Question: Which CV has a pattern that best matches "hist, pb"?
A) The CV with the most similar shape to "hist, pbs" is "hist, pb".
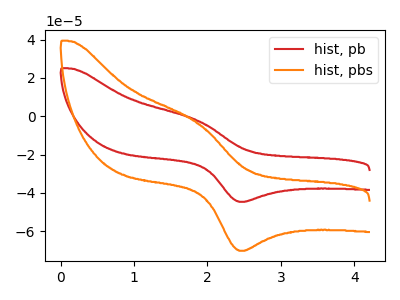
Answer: <think>The red curve "hist, pb" has an anodic peak at (1.85V, -1.95uA) and a cathodic peak at (2.50V, -44.65uA). The orange curve "hist, pbs" has an anodic peak at (1.85V, -3.10uA) and a cathodic peak at (2.50V, -70.25uA).
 All the peaks in "hist, pb" have a peak in "hist, pbs" at the same potential.</think>
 <answer>A) The CV with the most similar shape to "hist, pbs" is "hist, pb".</answer>
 <eval>A</eval>